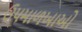
ઉપમાળખાઓ